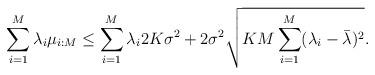
LaTeX: \begin{align*} \sum_{i=1}^{M}\lambda_i\mu_{i:M}\le \sum_{i=1}^{M}\lambda_i2K\sigma^2+2\sigma^2\sqrt{KM\sum_{i=1}^{M}(\lambda_i-\bar{\lambda})^2}.\end{align*}